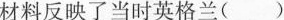
材料反映了当时英格兰( )